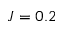
J = 0 . 2